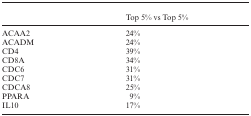
|  | Top 5% vs Top 5% |
 | --- | --- |
 | ACAA2 | 24% |
 | ACADM | 24% |
 | CD4 | 39% |
 | CD8A | 34% |
 | CDC6 | 31% |
 | CDC7 | 31% |
 | CDCA8 | 25% |
 | PPARA | 9% |
 | IL10 | 17% |